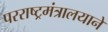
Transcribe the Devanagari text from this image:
परराष्ट्रमंत्रालयाने